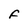
Character: F